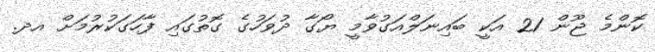
ކޮންމެ ޖޫން 21 އަކީ ބައިނަލްއަގުވާމީ ޔޯގާ ދުވަހުގެ ގޮތުގައި ފާހަގަކުރުމަށް އދ.